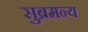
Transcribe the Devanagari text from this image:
सुब्रमन्य